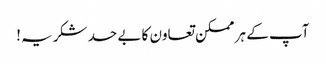
آپ کے ہر ممکن تعاون کا بے حد شکریہ!